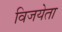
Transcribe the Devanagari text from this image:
विजयेता